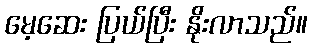
မေ့ဆေး ပြယ်ပြီး နိုးလာသည်။